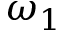
\omega _ { 1 }